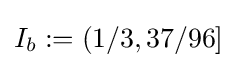
I_{b}:=(1/3,37/96]